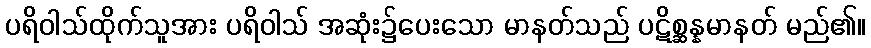
ပရိဝါသ်ထိုက်သူအား ပရိဝါသ် အဆုံး၌ပေးသော မာနတ်သည် ပဋိစ္ဆန္နမာနတ် မည်၏။